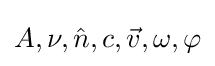
A,\nu ,{\hat {n}},c,{\vec {v}},\omega ,\varphi